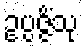
ဥပ္ပဇ္ဇိံသု